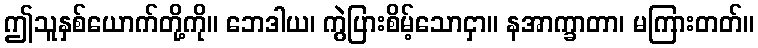
ဤသူနှစ်ယောက်တို့ကို။ ဘေဒါယ၊ ကွဲပြားစိမ့်သောငှာ။ နအာက္ခာတာ၊ မကြားတတ်။